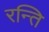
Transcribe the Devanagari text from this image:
रन्ति